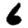
Digit: 6